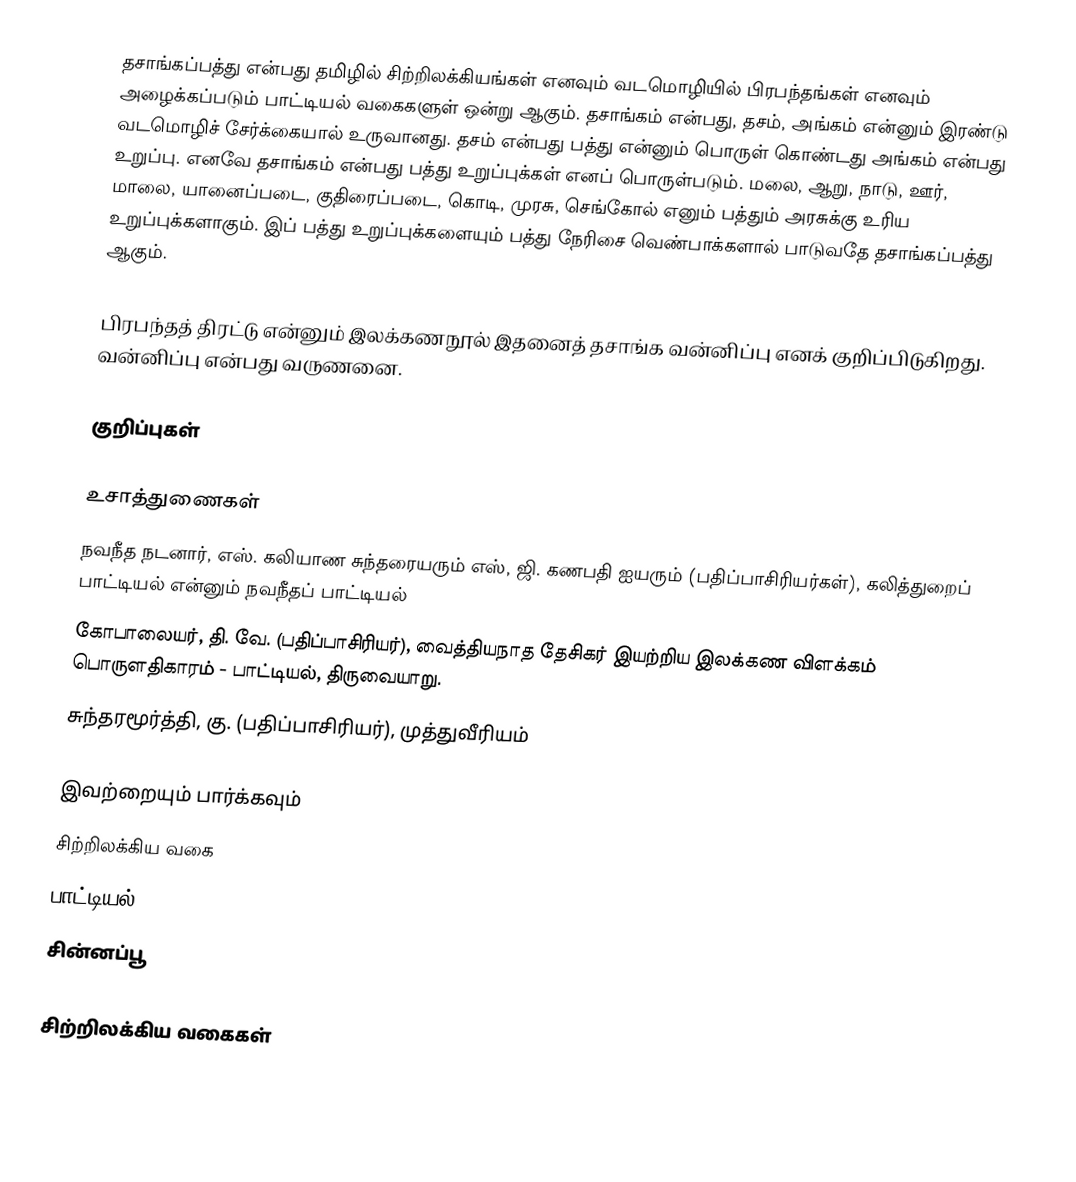
தசாங்கப்பத்து என்பது தமிழில் சிற்றிலக்கியங்கள் எனவும் வடமொழியில் பிரபந்தங்கள் எனவும் அழைக்கப்படும் பாட்டியல் வகைகளுள் ஒன்று ஆகும். தசாங்கம் என்பது, தசம், அங்கம் என்னும் இரண்டு வடமொழிச் சேர்க்கையால் உருவானது. தசம் என்பது பத்து என்னும் பொருள் கொண்டது அங்கம் என்பது உறுப்பு. எனவே தசாங்கம் என்பது பத்து உறுப்புக்கள் எனப் பொருள்படும். மலை, ஆறு, நாடு, ஊர், மாலை, யானைப்படை, குதிரைப்படை, கொடி, முரசு, செங்கோல் எனும் பத்தும் அரசுக்கு உரிய உறுப்புக்களாகும். இப் பத்து உறுப்புக்களையும் பத்து நேரிசை வெண்பாக்களால் பாடுவதே தசாங்கப்பத்து ஆகும்.

பிரபந்தத் திரட்டு என்னும் இலக்கணநூல் இதனைத் தசாங்க வன்னிப்பு எனக் குறிப்பிடுகிறது. வன்னிப்பு என்பது வருணனை.

குறிப்புகள்

உசாத்துணைகள்
 நவநீத நடனார், எஸ். கலியாண சுந்தரையரும் எஸ், ஜி. கணபதி ஐயரும் (பதிப்பாசிரியர்கள்), கலித்துறைப் பாட்டியல் என்னும் நவநீதப் பாட்டியல்
 கோபாலையர், தி. வே. (பதிப்பாசிரியர்), வைத்தியநாத தேசிகர் இயற்றிய இலக்கண விளக்கம் பொருளதிகாரம் - பாட்டியல், திருவையாறு.
 சுந்தரமூர்த்தி, கு. (பதிப்பாசிரியர்), முத்துவீரியம்

இவற்றையும் பார்க்கவும்
 சிற்றிலக்கிய வகை
 பாட்டியல்
 சின்னப்பூ

சிற்றிலக்கிய வகைகள்